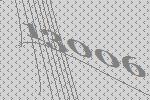
13006